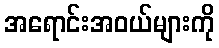
အရောင်းအဝယ်များကို